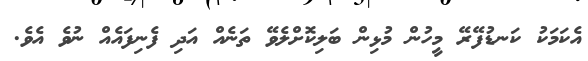
އެކަމަކު ކަނޑުފޭރޭ މީހުން މުޅިން ބަލިކޮށްލެވޭ ތަނެއް އަދި ފެނިފައެއް ނުވެ އެވެ.